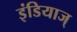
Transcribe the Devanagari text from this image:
इंडियाज्